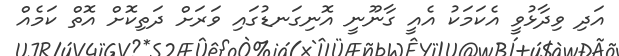
އަދި ވިދާޅުވީ އެކަމަކު އެއީ ގާނޫނީ އޮނިގަނޑުގައި ވަރަށް ދަތިކޮށް އޮތް ކަމެއް